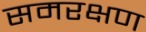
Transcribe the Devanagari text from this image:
समरक्षण